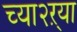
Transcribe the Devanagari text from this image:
च्या२ऱ्या